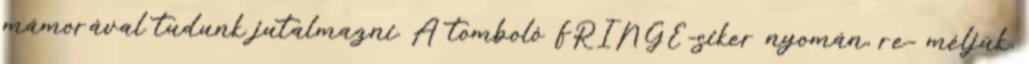
mámorával tudunk jutalmazni. A tomboló FRINGE-siker nyomán, re- méljük,